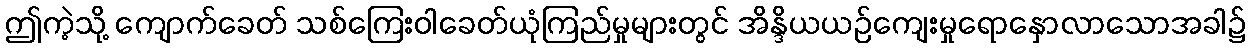
ဤကဲ့သို့ ကျောက်ခေတ် သစ်ကြေးဝါခေတ်ယုံကြည်မှုများတွင် အိန္ဒိယယဉ်ကျေးမှုရောနှောလာသောအခါ၌